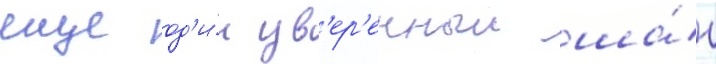
еще од'и́н ув'ер'енныи ша́г